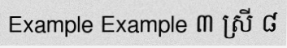
Example Example ៣ ស្រី ៨